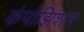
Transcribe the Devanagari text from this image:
कंपोझिशन